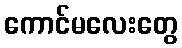
ကောင်မလေးတွေ